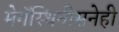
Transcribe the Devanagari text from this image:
मेगॅस्थिनीसनेही